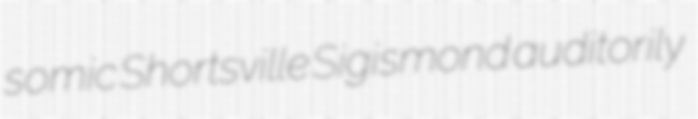
somic Shortsville Sigismond auditorily